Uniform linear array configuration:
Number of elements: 48
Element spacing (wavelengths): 0.25
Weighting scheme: hamming
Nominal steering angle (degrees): -60
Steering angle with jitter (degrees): -58.959
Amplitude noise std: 0.05
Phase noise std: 0.05

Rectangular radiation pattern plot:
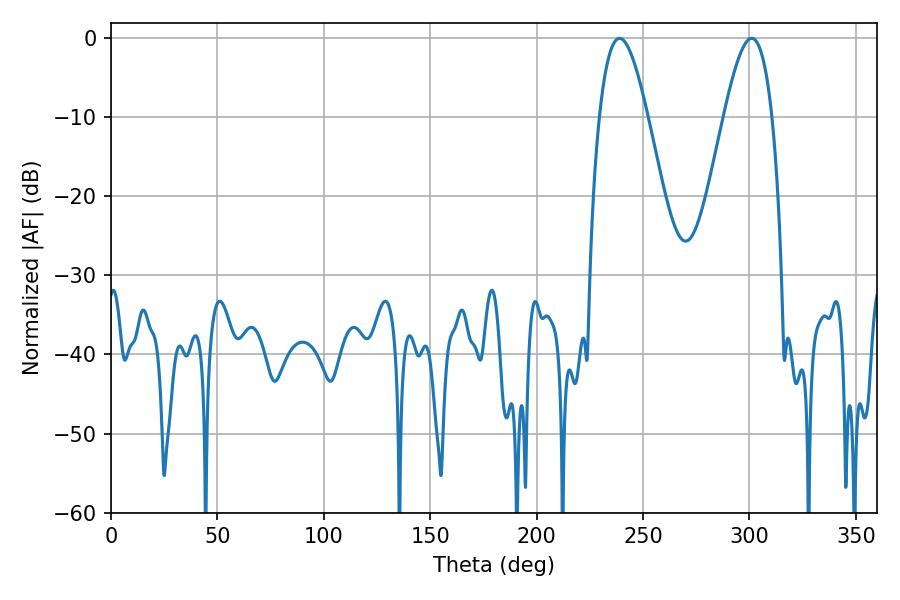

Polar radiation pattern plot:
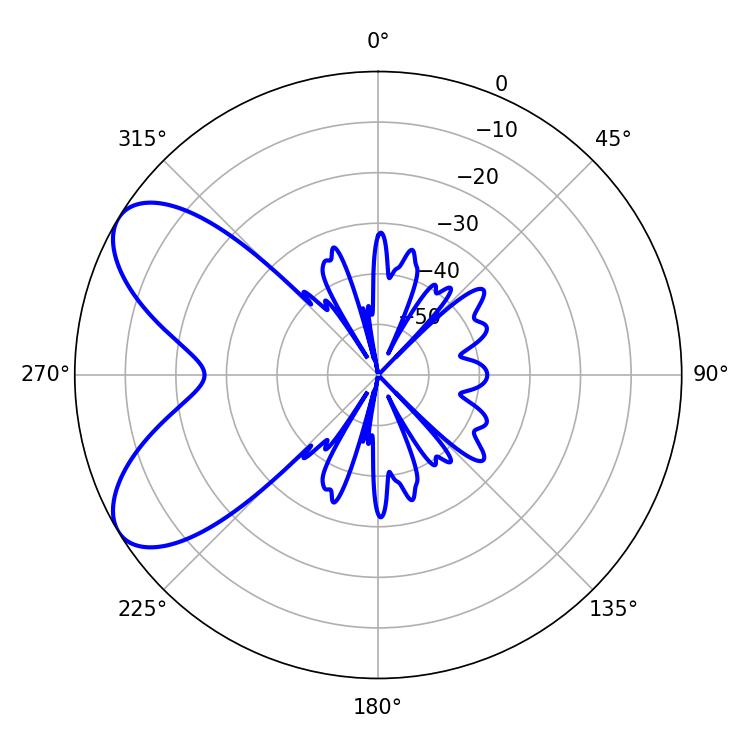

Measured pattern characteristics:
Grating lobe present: FALSE
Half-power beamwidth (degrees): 12.24
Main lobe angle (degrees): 239.04